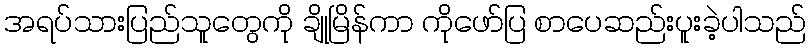
အရပ်သားပြည်သူတွေကို ချိုမြိန်ကာ ကိုဖော်ပြ စာပေဆည်းပူးခဲ့ပါသည်